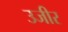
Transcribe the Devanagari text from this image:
उजीर